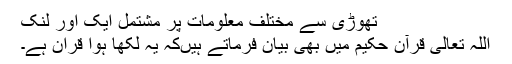
تھوڑی سے مختلف معلومات پر مشتمل ایک اور لنک
اللہ تعالی قرآن حکیم میں بھی بیان فرماتے ہیں‌کہ یہ لکھا ہوا قران ہے۔